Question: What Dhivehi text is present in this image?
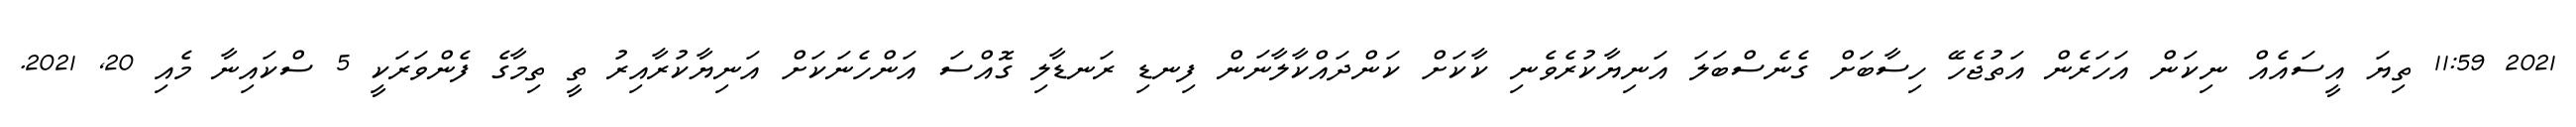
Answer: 2021 11:59 ތިޔަ އީސައެއް ނިކަން އަހަރެން އަތުޖެހޭ ހިސާބަށް ގެނެސްބަލަ އަނިޔާކުރެވެނި ކާކަށް ކަންދައްކާލާނަން ފިނޑި ރަނޑާލި ގޮއްސަ އަންހެނަކަށް އަނިޔާކުރާއިރު ތީ ތިމާގެ ފެންވަރަކީ 5 ސްކައިނާ މެއި 20, 2021.